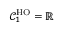
\mathcal { C } _ { 1 } ^ { \mathrm { H O } } = \mathbb { R }